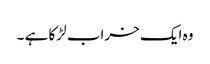
وہ ایک خراب لڑکا ہے ۔